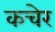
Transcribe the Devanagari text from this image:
कचेर